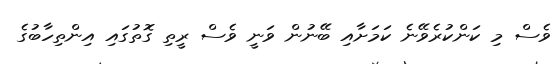
ވެސް މި ކަންކުރެވޭނެ ކަމަށާއި ބޭނުން ވަނީ ވެސް ރީތި ގޮތުގައި އިންތިހާބުގެ